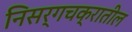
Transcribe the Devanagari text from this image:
निसर्गचक्रातील